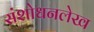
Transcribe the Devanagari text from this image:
संशोधनलेख